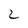
Character: 2